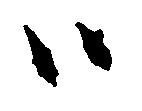
ハ